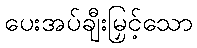
ပေးအပ်ချီးမြှင့်သော